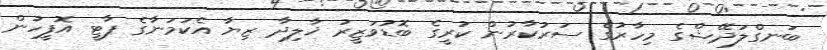
ބަނގްލަދޭޝްގެ މިހާރުގެ ސަރުކާރުން ކުރީގެ ބޮޑުވަޒީރު ޚާލިދާ ޒިޔާ އެކަމަނާގެ ޕާޓީ އޮފީހުން